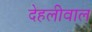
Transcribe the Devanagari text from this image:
देहलीवाल